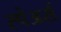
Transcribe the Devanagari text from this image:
स्पेअर्स